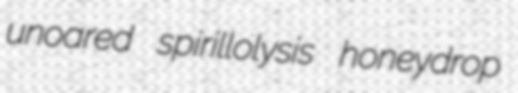
unoared spirillolysis honeydrop